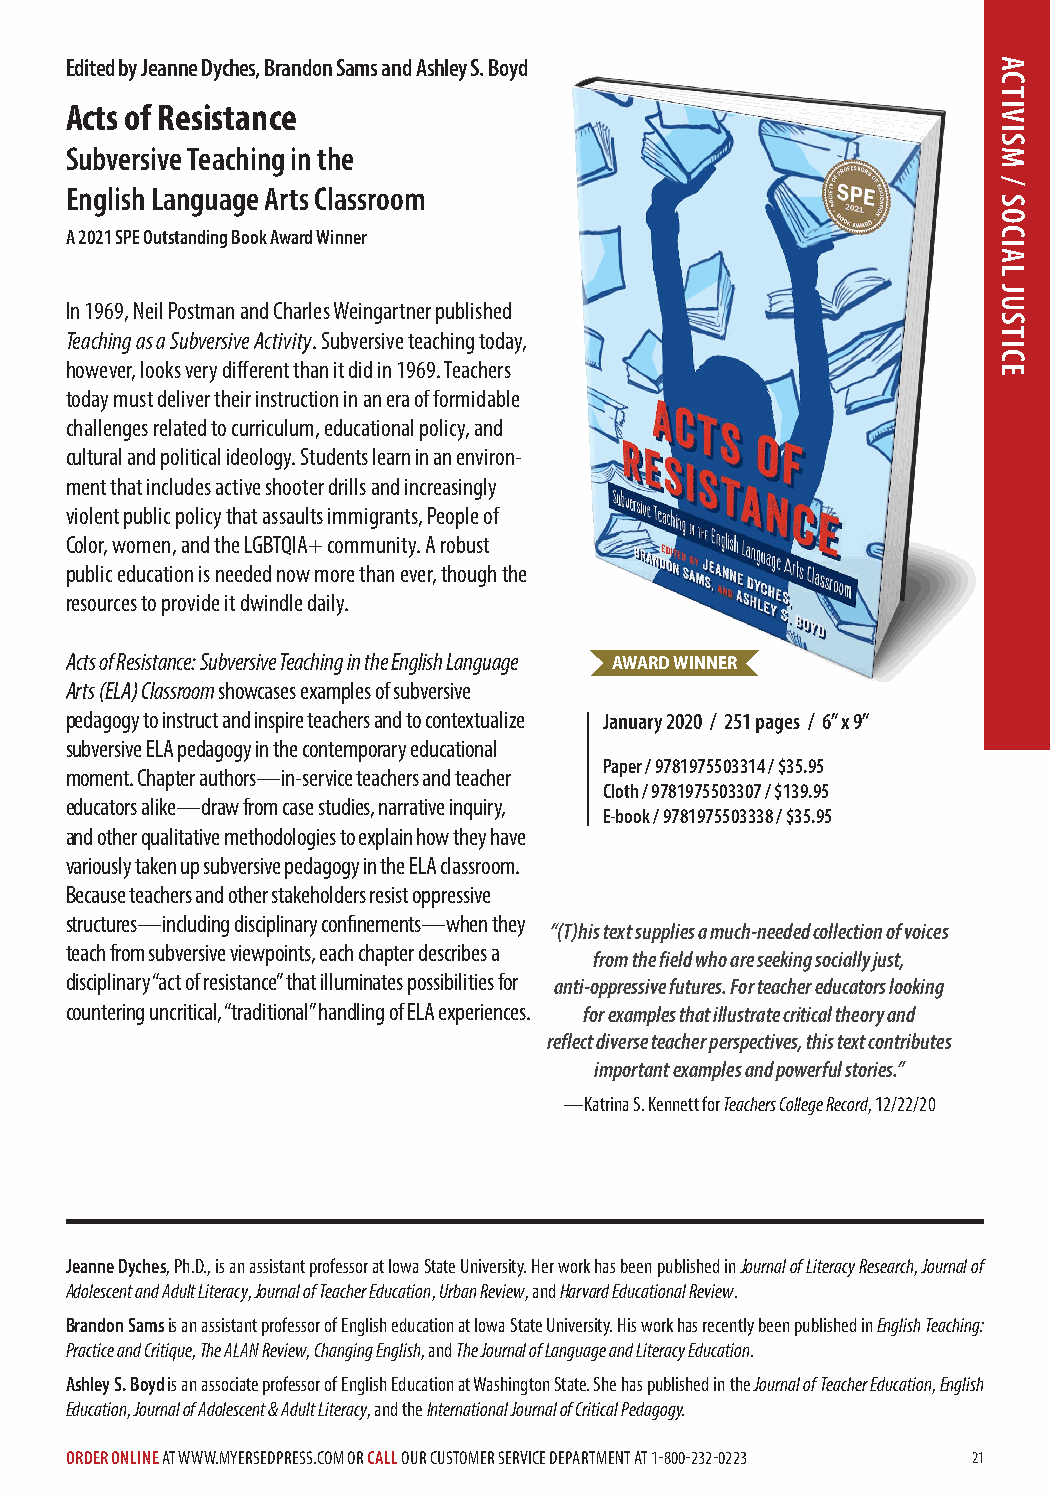
Edited by Jeanne Dyches, Brandon Sams and Ashley S. Boyd
 Acts of Resistance
 Subversive Teaching in the
 English Language Arts Classroom
 A 2021 SPE Outstanding Book Award Winner
 In 1969, Neil Postman and Charles Weingartner published
 Teaching as a Subversive Activity. Subversive teaching today,
 however, looks very different than it did in 1969. Teachers
 today must deliver their instruction in an era of formidable
 challenges related to curriculum, educational policy, and
 cultural and political ideology. Students learn in an environ-
 ment that includes active shooter drills and increasingly
 violent public policy that assaults immigrants, People of
 Color, women, and the LGBTQIA+ community. A robust
 public education is needed now more than ever, though the
 resources to provide it dwindle daily.
 Acts of Resistance: Subversive Teaching in the English Language AWARD WINNER
 Arts (ELA) Classroom showcases examples of subversive
 pedagogy to instruct and inspire teachers and to contextualize January 2020 / 251 pages / 6” x 9”
 subversive ELA pedagogy in the contemporary educational
 Paper / 9781975503314 / $35.95
 moment. Chapter authors—in-service teachers and teacher
 Cloth / 9781975503307 / $139.95
 educators alike—draw from case studies, narrative inquiry,
 E-book / 9781975503338 / $35.95
 and other qualitative methodologies to explain how they have
 variously taken up subversive pedagogy in the ELA classroom.
 Because teachers and other stakeholders resist oppressive
 structures—including disciplinary confinements—when they
 “(T)his text supplies a much-needed collection of voices
 teach from subversive viewpoints, each chapter describes a
 from the field who are seeking socially just,
 disciplinary “act of resistance” that illuminates possibilities for anti-oppressive futures. For teacher educators looking
 countering uncritical, “traditional” handling of ELA experiences. for examples that illustrate critical theory and
 reflect diverse teacher perspectives, this text contributes
 important examples and powerful stories.”
 —Katrina S. Kennett for Teachers College Record, 12/22/20
 Jeanne Dyches, Ph.D., is an assistant professor at Iowa State University. Her work has been published in Journal of Literacy Research, Journal of
 Adolescent and Adult Literacy, Journal of Teacher Education, Urban Review, and Harvard Educational Review.
 Brandon Sams is an assistant professor of English education at Iowa State University. His work has recently been published in English Teaching:
 Practice and Critique, The ALAN Review, Changing English, and The Journal of Language and Literacy Education.
 Ashley S. Boyd is an associate professor of English Education at Washington State. She has published in the Journal of Teacher Education, English
 Education, Journal of Adolescent & Adult Literacy, and the International Journal of Critical Pedagogy.
 ORDER ONLINE AT WWW.MYERSEDPRESS.COM OR CALL OUR CUSTOMER SERVICE DEPARTMENT AT 1-800-232-0223 21
 ACTIVISM
 /
 SOCIAL
 JUSTICE